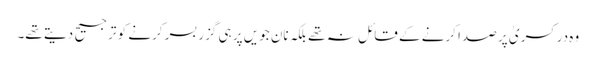
وہ در کسریٰ پر صدا کرنے کے قائل نہ تھے بلکہ نان جویں پر ہی گزر بسر کرنے کو ترجیح دیتے تھے۔